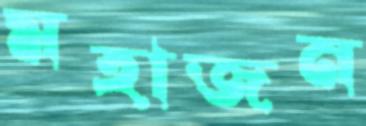
মহাজন